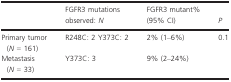
|  | FGFR3 mutations observed: N | FGFR3 mutant% (95% CI) | P |
 | --- | --- | --- | --- |
 | Primary tumor (N = 161) | R248C: 2 Y373C: 2 | 2% (1–6%) | <ROWSPAN=2> 0.1 |
 | Metastasis (N = 33) | Y373C: 3 | 9% (2–24%) |